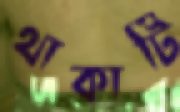
থাকাটি